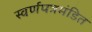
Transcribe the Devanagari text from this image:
स्वर्णपत्रमंडित